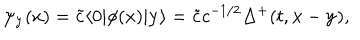
LaTeX: \psi _ { { \bf y } } ( x ) = \tilde { c } \langle 0 | \phi ( x ) | { \bf y } \rangle = \tilde { c } c ^ { - 1 / 2 } \Delta ^ { + } ( t , { \bf x } - { \bf y } ) ,